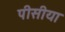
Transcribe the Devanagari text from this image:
पीसीया